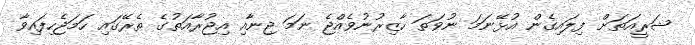
ޝަރީއަތަށް ފިލައިގެން އުޅޭނަމަ ނުވަތަ ހާޒިރުނުވެއްޖެ ނަމަ ޖިނާއި އިޖުރާއަތުގެ ތެރޭގައި ހަމަޖެހިފައިވާ